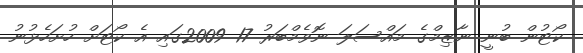
ކޯޓުން ބުނީ ނާޒިމްގެ މައްސަލަ ނޮވެމްބަރު 17 2009ގައި އެ ކޯޓަށް ހުށަހެޅުނު